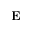
\mathbf { E }